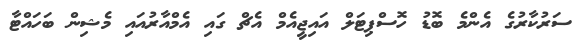
ސަރުކާރުގެ އެންމެ ބޮޑު ހޮސްޕިޓަލް އައިޖީއެމް އެޗް ގައި އެމްއާރުއައި މެޝިން ބަހައްޓާ